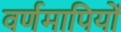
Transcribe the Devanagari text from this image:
वर्णमापियों